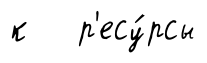
к р'есу́рсы